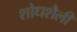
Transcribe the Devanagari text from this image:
शोधशैली